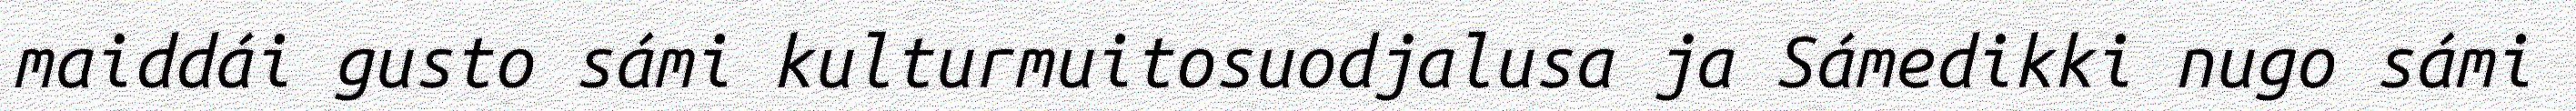
maiddái gusto sámi kulturmuitosuodjalusa ja Sámedikki nugo sámi